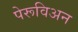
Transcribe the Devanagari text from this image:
पेरूविअन